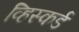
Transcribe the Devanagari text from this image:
व्हिस्कर्ड